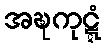
အဍ္ဎကုဋ္ဋံ